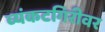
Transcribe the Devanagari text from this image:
व्यंकटगिरीवर